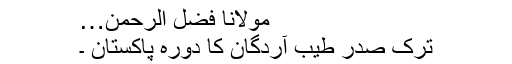
مولانا فضل الرحمٰن…
ترک صدر طیب آردگان کا دورہ پاکستان ۔